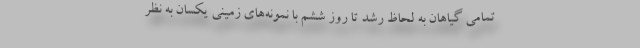
تمامی گیاهان به لحاظ رشد تا روز ششم با نمونه‌های زمینی یکسان به نظر